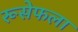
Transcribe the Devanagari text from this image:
रूसेफला